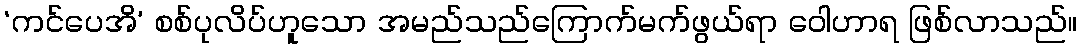
‘ကင်ပေအိ’ စစ်ပုလိပ်ဟူသော အမည်သည်ကြောက်မက်ဖွယ်ရာ ဝေါဟာရ ဖြစ်လာသည်။